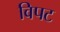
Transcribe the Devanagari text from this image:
विपट